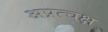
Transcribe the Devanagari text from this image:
अप्रत्चक्ष